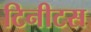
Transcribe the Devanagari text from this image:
टिनीटस